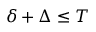
\delta + \Delta \leq T